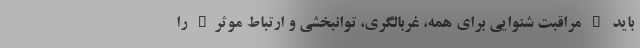
باید " مراقبت شنوایی برای همه، غربالگری، توانبخشی و ارتباط موثر" را